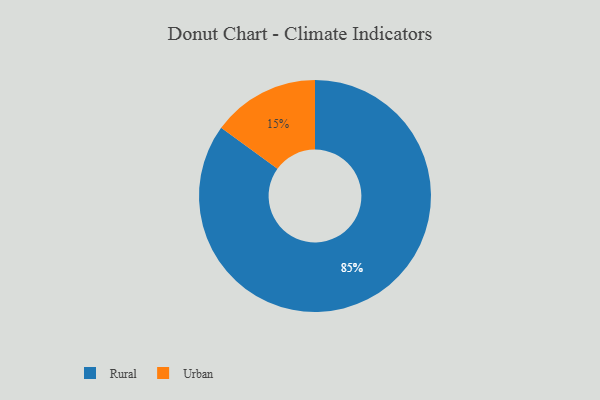
{"axis": {"x": "Category", "y": "Percentage"}, "legend": ["Rural", "Urban"], "data": [{"x": "Urban", "y": 15, "type": "Urban"}, {"x": "Rural", "y": 85, "type": "Rural"}]}